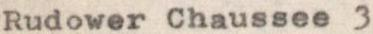
Rudower Chaussee 3